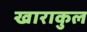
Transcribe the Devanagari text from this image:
खाराकुल